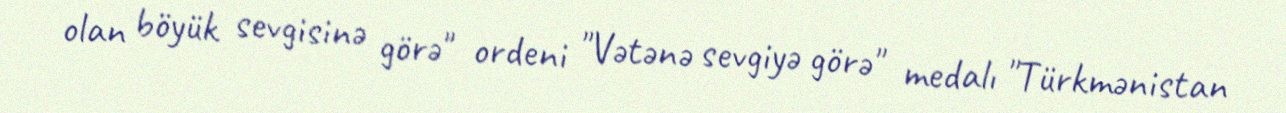
olan böyük sevgisinə görə" ordeni "Vətənə sevgiyə görə" medalı "Türkmənistan